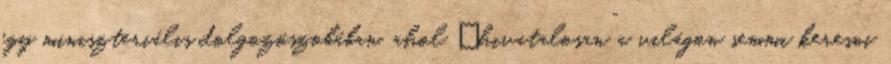
egy miniszteriális dolgozószobában, ahol „hivatalosan” a vi­lágon semmi keresni